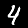
Label: 4